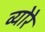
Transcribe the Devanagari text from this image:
व्योरे